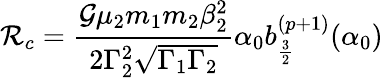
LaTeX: \mathcal{R}_{c}=\frac{\mathcal{G}\mu_{2}m_{1}m_{2}\beta_{2}^{2}}{2\Gamma_{2}^{2}\sqrt{\Gamma_{1}\Gamma_{2}}}\alpha_{0}b_{\frac{3}{2}}^{(p+1)}(\alpha_{0})